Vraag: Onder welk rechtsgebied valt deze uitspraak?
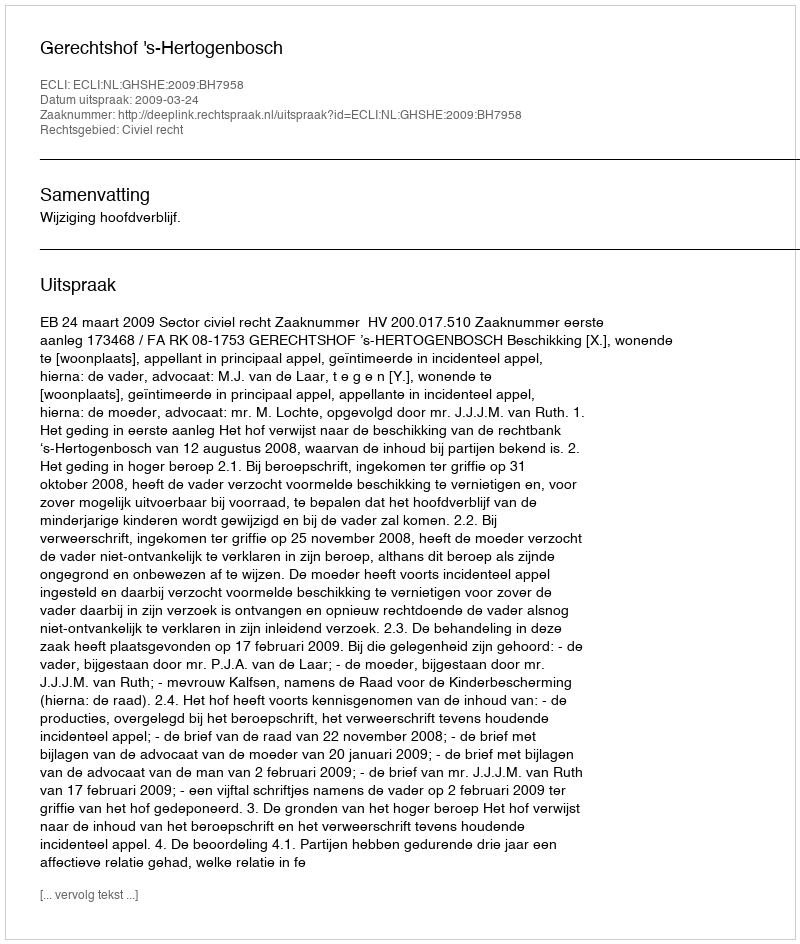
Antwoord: Civiel recht